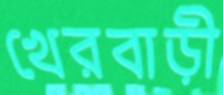
খেরবাড়ী